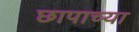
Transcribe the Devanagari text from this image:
छापाच्या